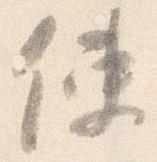
使